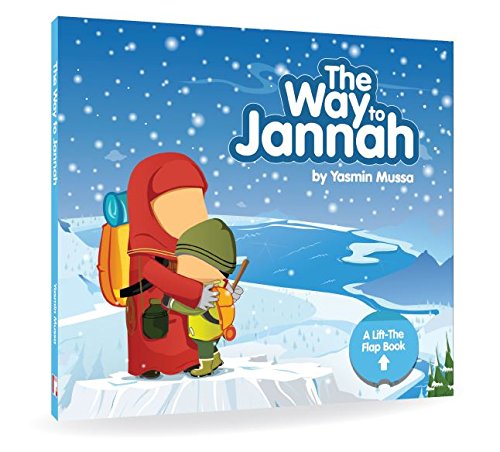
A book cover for The Way to Jannah; Yasmin Mussa; Children's Books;